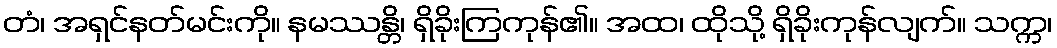
တံ၊ အရှင်နတ်မင်းကို။ နမဿန္တိ၊ ရှိခိုးကြကုန်၏။ အထ၊ ထိုသို့ ရှိခိုးကုန်လျက်။ သက္က၊